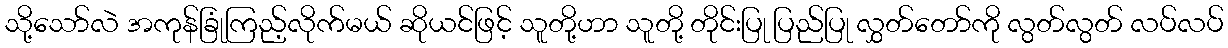
သို့သော်လဲ အကုန်ခြုံကြည့်လိုက်မယ် ဆိုယင်ဖြင့် သူတို့ဟာ သူတို့ တိုင်းပြု ပြည်ပြု လွှတ်တော်ကို လွတ်လွတ် လပ်လပ်